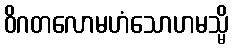
ဝိဂတလောမဟံသောဟမသ္မိ